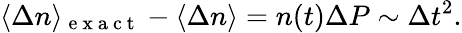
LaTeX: \langle\Delta n\rangle_{\mathrm{~e~x~a~c~t~}}-\langle\Delta n\rangle=n(t)\Delta P\sim\Delta t^{2}.